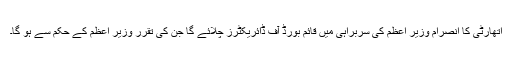
اتھارٹی کا انصرام وزیر اعظم کی سربراہی میں قائم بورڈ آف ڈائریکٹرز چلائے گا جن کی تقرر وزیر اعظم کے حکم سے ہو گا۔